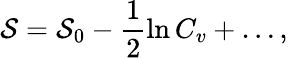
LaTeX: {\cal{S}}={\cal{S}}_{0}-\frac{1}{2}\ln C_{v}+\ldots,